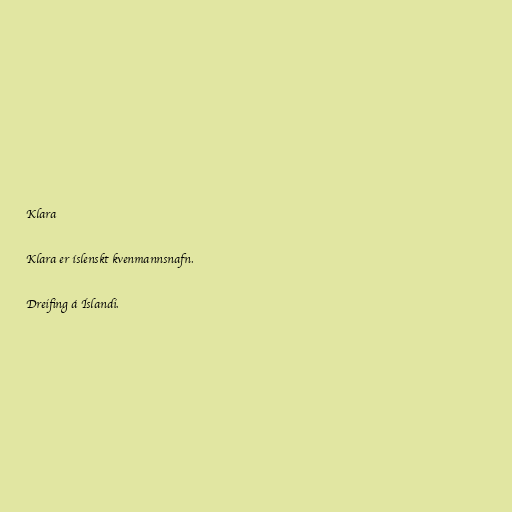
Klara

Klara er íslenskt kvenmannsnafn.

Dreifing á Íslandi.